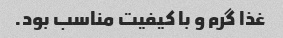
غذا گرم و با کیفیت مناسب بود.